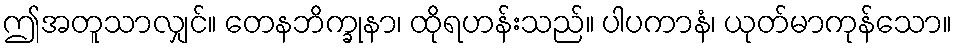
ဤအတူသာလျှင်။ တေနဘိက္ခုနာ၊ ထိုရဟန်းသည်။ ပါပကာနံ၊ ယုတ်မာကုန်သော။